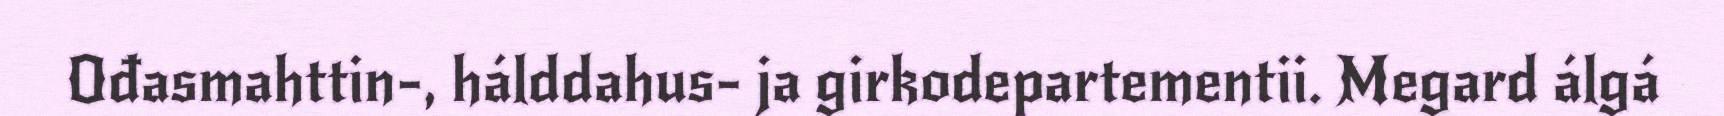
Ođasmahttin-, hálddahus- ja girkodepartementii. Megard álgá